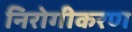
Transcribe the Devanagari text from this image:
निरोगीकरण